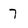
Character: 7